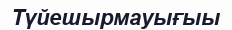
Түйешырмауығыы